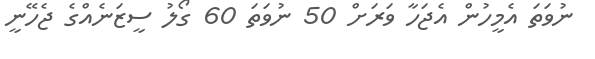
ނުވަތަ އެމީހުން އެޖަހާ ވަރަށް 50 ނުވަތަ 60 ގޯލު ސީޒަނެއްގެ ޖެހޭނީ